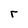
Character: r